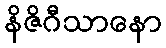
နိဇိဂီသာနော